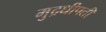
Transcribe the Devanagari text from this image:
मुद्रधीपती